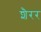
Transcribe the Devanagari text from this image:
शैरर